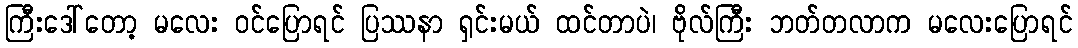
ကြီးဒေါ်တော့ မလေး ဝင်ပြောရင် ပြဿနာ ရှင်းမယ် ထင်တာပဲ၊ ဗိုလ်ကြီး ဘတ်တလာက မလေးပြောရင်